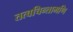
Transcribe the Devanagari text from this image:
तत्वचिन्तामणि